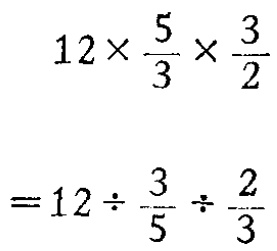
\[
\begin{align*}
&12\times\frac{5}{3}\times\frac{3}{2}\\
=&12\div\frac{3}{5}\div\frac{2}{3}
\end{align*}
\]